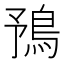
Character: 𩿎